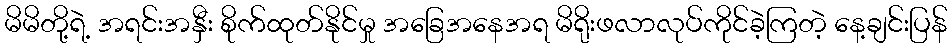
မိမိတို့ရဲ့ အရင်းအနှီး စိုက်ထုတ်နိုင်မှု အခြေအနေအရ မိရိုးဖလာလုပ်ကိုင်ခဲ့ကြတဲ့ နေ့ချင်းပြန်